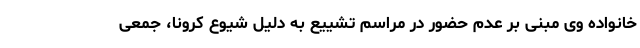
خانواده وی مبنی بر عدم حضور در مراسم تشییع به دلیل شیوع کرونا، جمعی